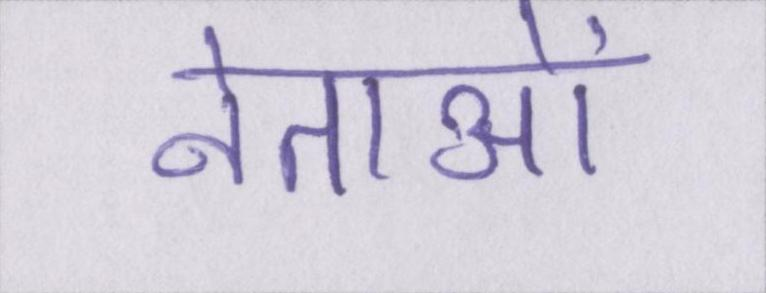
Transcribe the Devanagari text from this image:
नेताओं